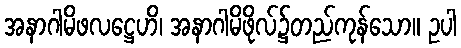
အနာဂါမိဖလဋ္ဌေဟိ၊ အနာဂါမိဖိုလ်၌တည်ကုန်သော။ ဥပါ